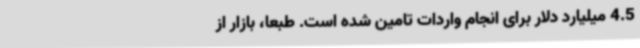
4‌.5 میلیارد دلار برای انجام واردات تامین شده است‌. طبعا، بازار از